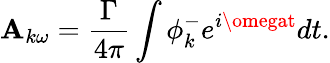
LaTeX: \mathbf{A}_{k\omega}=\frac{{\Gamma}}{{4\pi}}\int\phi_{k}^{-}e^{i\omegat}dt.